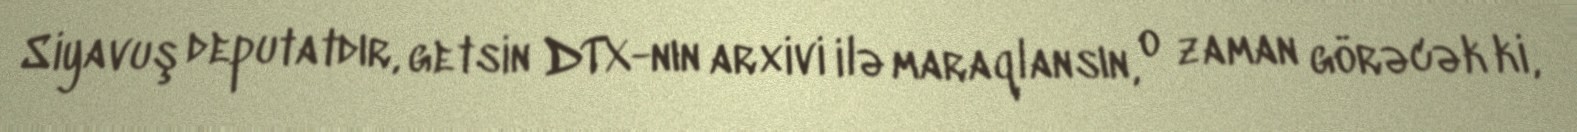
Siyavuş deputatdır, getsin DTX-nın arxivi ilə maraqlansın, o zaman görəcək ki,